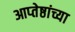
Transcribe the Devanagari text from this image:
आप्‍तेष्ठांच्या